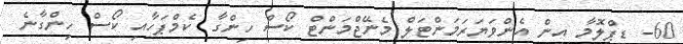
60- ޑިޕްލޮމާ އިން އެންވަޔަރަމަންޓަލް މެނޭޖްމަންޓް ކޯސް ހިންގާ ކެމްޕަހާއި ކޯސް ހިންގާނެ